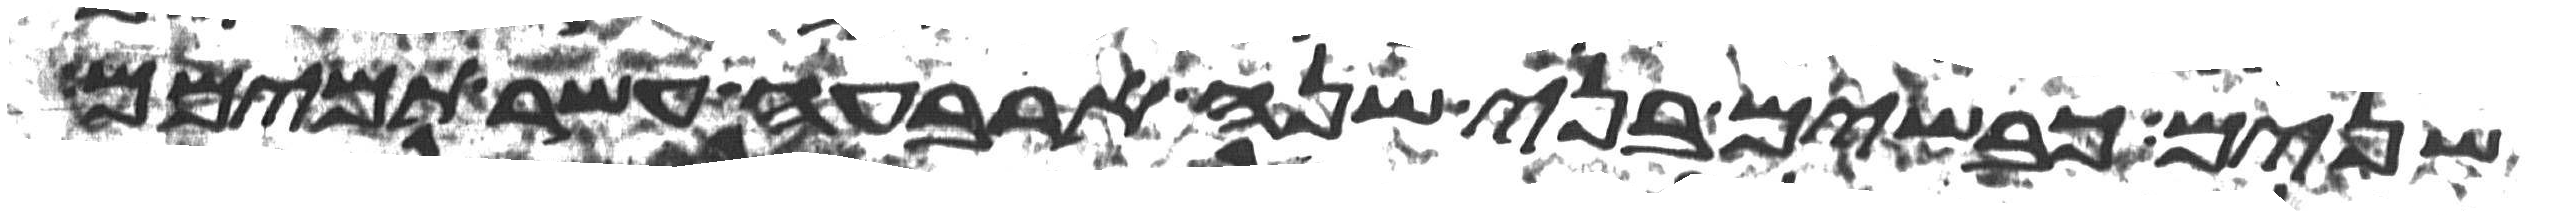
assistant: שנים כבשים בני שנה ארבעה עשר תמימם